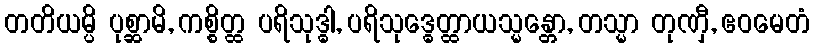
တတိယမ္ပိ ပုစ္ဆာမိ, ကစ္စိတ္ထ ပရိသုဒ္ဓါ, ပရိသုဒ္ဓေတ္ထာယသ္မန္တော, တသ္မာ တုဏှီ, ဧဝမေတံ